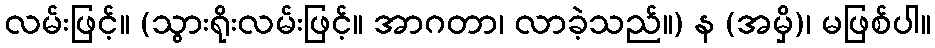
လမ်းဖြင့်။ (သွားရိုးလမ်းဖြင့်။ အာဂတာ၊ လာခဲ့သည်။) န (အမှိ)၊ မဖြစ်ပါ။